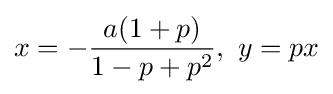
x=-{\frac {a(1+p)}{1-p+p^{2}}},\ y=px